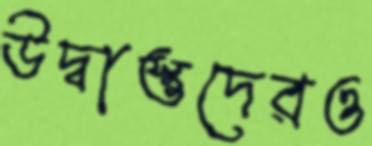
উদ্বাস্তুদেরও